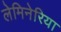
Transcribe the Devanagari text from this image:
लेमिनेरिया